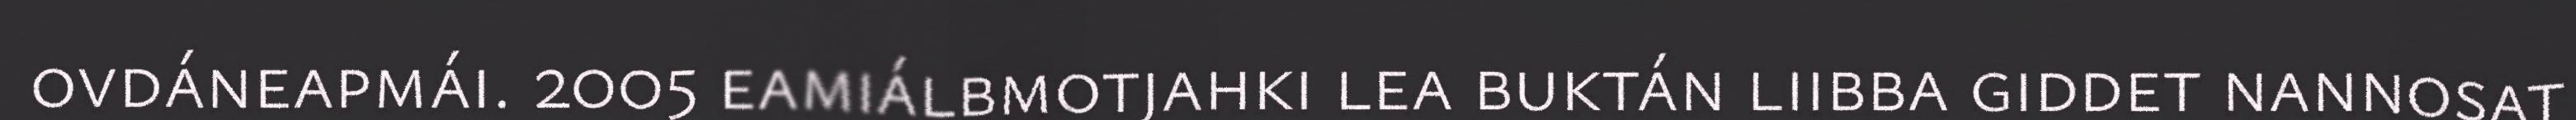
ovdáneapmái. 2005 eamiálbmotjahki lea buktán liibba giddet nannosat